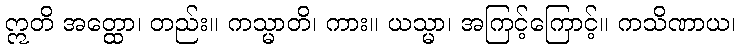
ဣတိ အတ္ထော၊ တည်း။ ကသ္မာတိ၊ ကား။ ယသ္မာ၊ အကြင့်ကြောင့်။ ကသိဏာယ၊